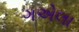
ગએલા